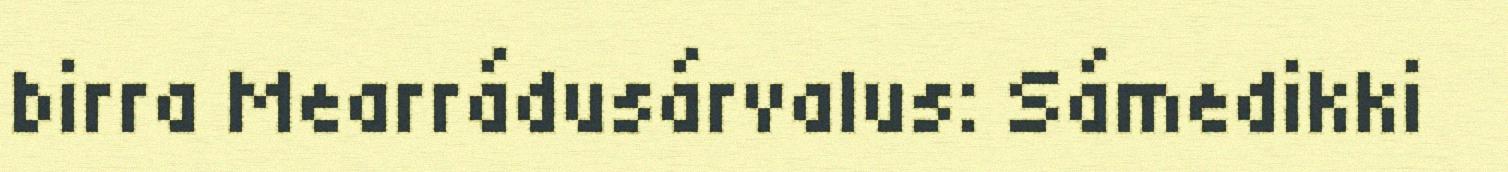
birra Mearrádusárvalus: Sámedikki